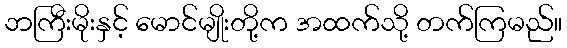
ဘကြီးမိုးနှင့် မောင်မျိုးတို့က အထက်သို့ တက်ကြမည်။